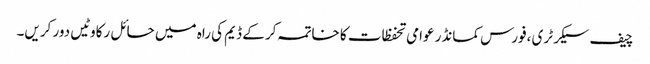
چیف سیکرٹری ،فورس کمانڈر عوامی تحفظات کا خاتمہ کر کے ڈیم کی راہ میں حائل رکاوٹیں دور کریں۔